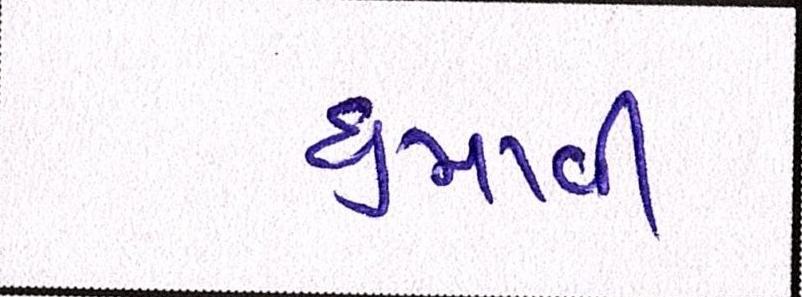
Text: ઘુમાવી